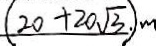
( 2 0 + 2 0 \sqrt { 3 } . ) m